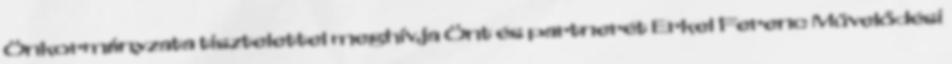
Önkormányzata tisztelettel meghívja Önt és partnerét Erkel Ferenc Művelődési